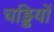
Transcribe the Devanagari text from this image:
चड्डियों